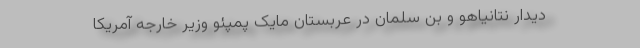
دیدار نتانیاهو و بن سلمان در عربستان مایک پمپئو وزیر خارجه آمریکا